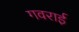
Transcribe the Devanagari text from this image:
गवराई